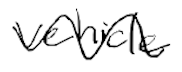
Text: vehicle
Cross-out: wave
Writing tool: digital_black